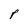
Character: p